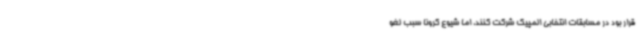
قرار بود در مسابقات انتخابی المپیک شرکت کنند، اما شیوع کرونا سبب لغو